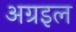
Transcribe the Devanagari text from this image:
अग्रइल